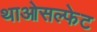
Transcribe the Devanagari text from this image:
थाओसल्फेट